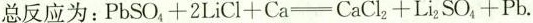
总反应为：$$PbSO_4+2LiCl+Ca=CaCl_2+Li_2SO_4+Pb.